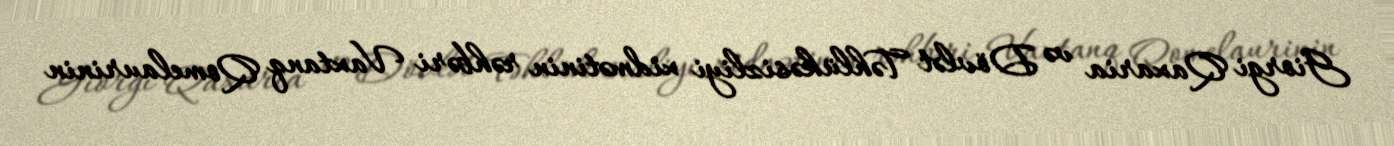
Giorgi Qaxaria və Dövlət Təhlükəsizliyi xidmətinin rəhbəri Vaxtanq Qomelaurinin